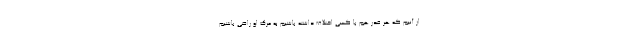
از آنیم که هر قدر هم با کسی اختلاف داشته باشیم به مرگ او راضی باشیم